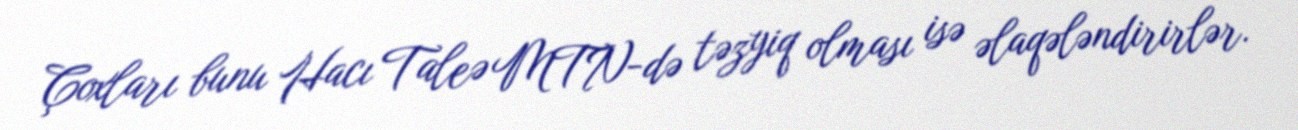
Çoxları bunu Hacı Taleə MTN-də təzyiq olması isə əlaqələndirirlər.